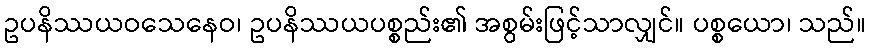
ဥပနိဿယဝသေနေဝ၊ ဥပနိဿယပစ္စည်း၏ အစွမ်းဖြင့်သာလျှင်။ ပစ္စယော၊ သည်။